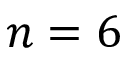
n = 6